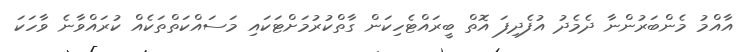
އާއްމު މެންބަރުންނާ ދެމެދު އުފެދިފަ އޮތް ބީރައްޓެހިކަން ގާތްކުރުމަށްޓަކައި މަސައްކަތްތަކެއް ކުރައްވާނެ ވާހަކަ